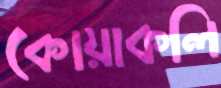
কোয়াকলি